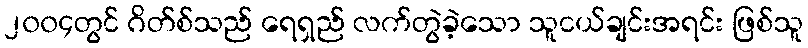
၂၀၀၄တွင် ဂိတ်စ်သည် ရေရှည် လက်တွဲခဲ့သော သူငယ်ချင်းအရင်း ဖြစ်သူ